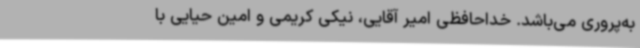
به‌پروری می‌باشد. خداحافظی امیر آقایی، نیکی کریمی و امین حیایی با